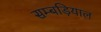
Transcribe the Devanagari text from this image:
सम्बड़ियाल